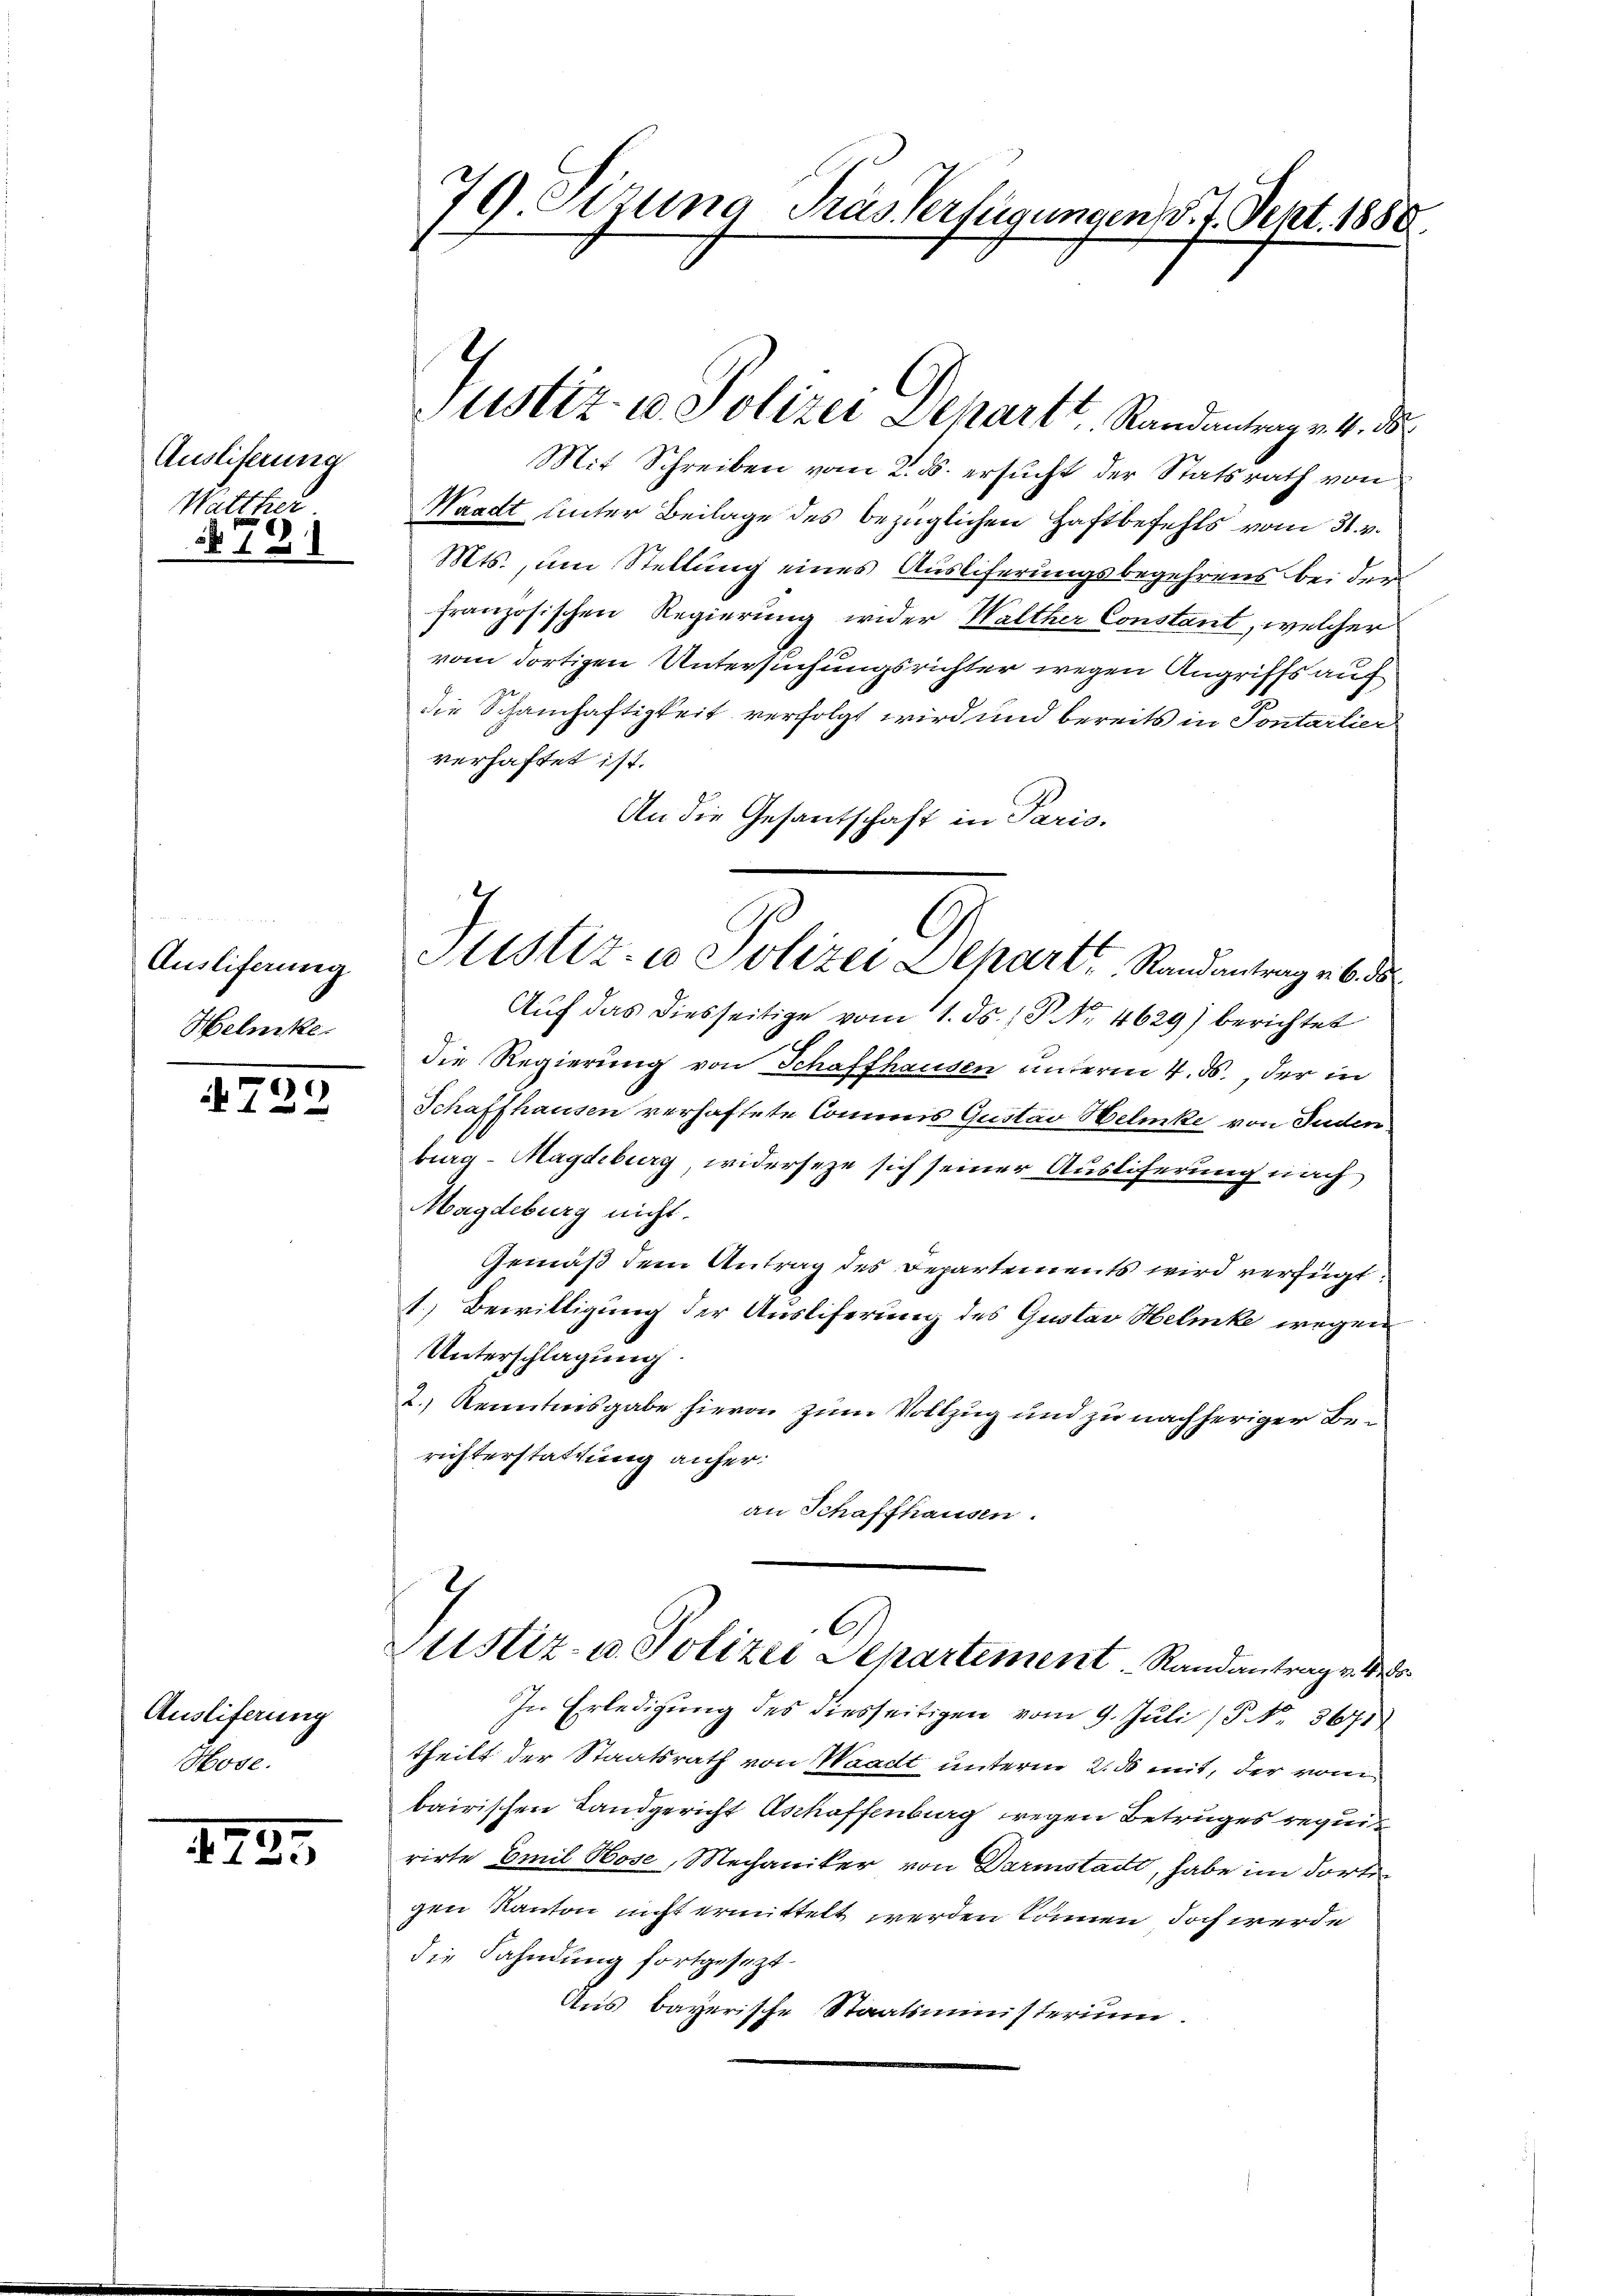
Auslieferung
Watther.

31

Ausliferung
Helnke.

729.

Ausliferung
Hose.

242

79. Sizung Tras Verfügungen d. 7. Sept. 1888.

Mit Schreiben vom 2. ds. ersucht der Statsrath von
Waadt unter Beilage des bezüglichen Haftbefehls vom 31. v.
Mts., um Stellung eines Ausliferungsbegehrens bei der
französischen Regierung wider Walther Constant, welcher
vom dortigen Untersuchungsrichter wegen Angriffs auf
die Schamhaftigkeit verfolgt wird und bereits in Pontarlier
verhaftet ist.
An die Gesantschaft in Pario.
Auf das diesseitige vom 1. ds. 1 P. Nr. 4629) berichtet
die Regierung von Schaffhausen unterm 4. ds., der in
Schaffhausen verhaftete Commis Gustav Helenke von Juden
burg-Magdeburg, widerseze sich seiner Ausliferung nach
Magdeburg nicht.
Gemäß dem Antrag des Departements wird verfügt
1.) Bewilligung der Ausliferung des Gustav Helmke wegen
Unterschlagung.
2.) Kenntnisgabe hievon zum Vollzug und zu nachheriger Berichterstattung anfer:
an Schaffhausen.
C
Justiz- u. Polizei Departement Randantrag v. Mts.
In Erledigung des diesseitigen vom 9. Juli (P. Nr. 3671)
theilt der Staatsrath von Waadt unterm 2. ds mit, der vom
bairischen Landgericht Aschaffenburg wegen Betruges requitt
rirte Emil Hose, Mechaniker von Darmstadt, habe im dortigen Kanton nicht ermittelt werden können, doch werde
die Fahndung fortgesezt.
Aus bayerische Staatsministerium.

d
Justiz- u. Polizei Schartt. Randantrag v. 4. ds

Justiz- u Polizei Depart, Randantrag bede